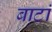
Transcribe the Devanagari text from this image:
बाटां